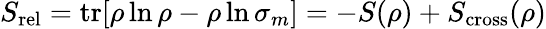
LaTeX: S_{\mathrm{rel}}=\mathrm{tr}[\rho\ln\rho-\rho\ln\sigma_{m}]=-S(\rho)+S_{\mathrm{cross}}(\rho)